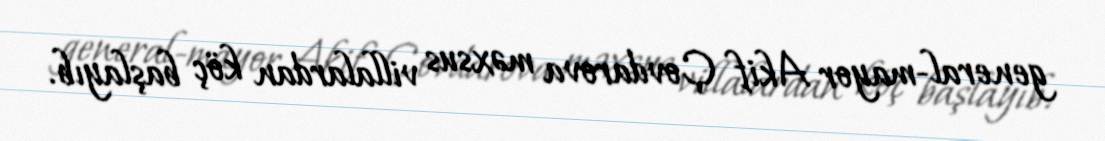
general-mayor Akif Çovdarova məxsus villalardan köç başlayıb.